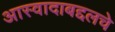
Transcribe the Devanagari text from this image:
आस्वादाबद्दलचे